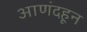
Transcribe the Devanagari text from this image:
आणंदहून